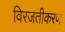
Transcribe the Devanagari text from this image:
विरजतीकरण